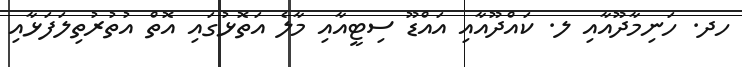
ހދ. ހަނިމާދޫއާއި ލ. ކައްދޫއާއި އައްޑޫ ސިޓީއާއި މާލެ އަތޮޅުގައި އޮތް އުތުރުތިލަފަޅާއި